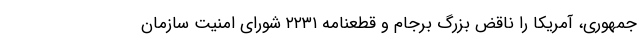
جمهوری، آمریکا را ناقض بزرگ برجام و قطعنامه ۲۲۳۱ شورای امنیت سازمان